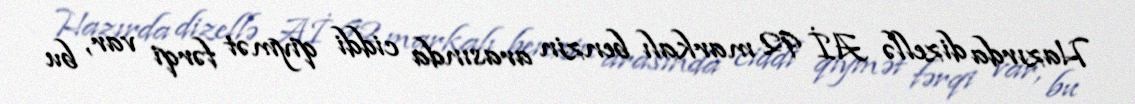
Hazırda dizellə Aİ 92 markalı benzin arasında ciddi qiymət fərqi var, bu